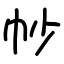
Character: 㠺